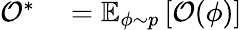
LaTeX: \begin{array}{rlrlrl}{\mathcal{O}^{*}}&{{}=\mathbb{E}_{\phi\sim p}\left[\mathcal{O}(\phi)\right]}\end{array}